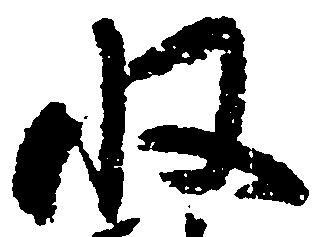
収